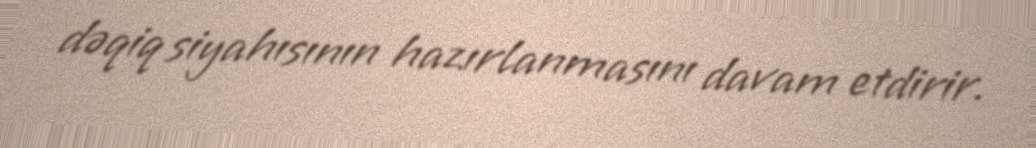
dəqiq siyahısının hazırlanmasını davam etdirir.